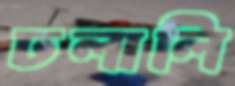
ঢলালি